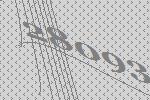
28093